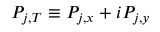
P _ { j , T } \equiv P _ { j , x } + i P _ { j , y }